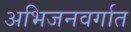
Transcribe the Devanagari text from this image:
अभिजनवर्गात